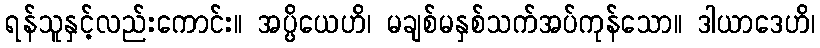
ရန်သူနှင့်လည်းကောင်း။ အပ္ပိယေဟိ၊ မချစ်မနှစ်သက်အပ်ကုန်သော။ ဒါယာဒေဟိ၊